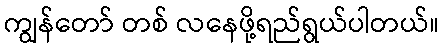
ကျွန်တော် တစ် လနေဖို့ရည်ရွယ်ပါတယ်။